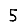
Digit: 5